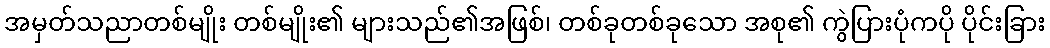
အမှတ်သညာတစ်မျိုး တစ်မျိုး၏ များသည်၏အဖြစ်၊ တစ်ခုတစ်ခုသော အစု၏ ကွဲပြားပုံကပို ပိုင်းခြား